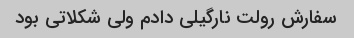
سفارش رولت نارگیلی دادم ولی شکلاتی بود